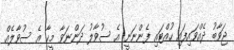
ޖަވާބު ދެއްވައިފައި ހުއްޓައި ފެންނަނީ އެ ސުވާލު ދަންނަވާ މީހާ އެ ސުވާލެއް